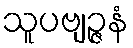
သူပဗျဉ္ဇနံ